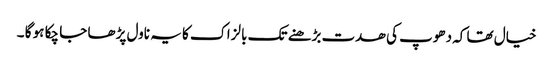
خیال تھا کہ دھوپ کی ھدت بڑھنے تک بالزاک کا یہ ناول پڑھا جا چکا ہو گا ۔